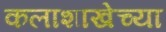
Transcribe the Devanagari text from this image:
कलाशाखेच्या